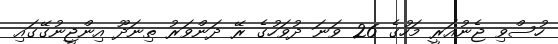
ހުސްވި ޖެނުއަރީ މަހުގެ 26 ވަނަ ދުވަހުގެ ރޭ ދަންވަރު ތިނަދޫ އިންޖީނުގޭގައި